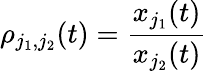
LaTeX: \rho_{j_{1},j_{2}}(t)=\frac{x_{j_{1}}(t)}{x_{j_{2}}(t)}